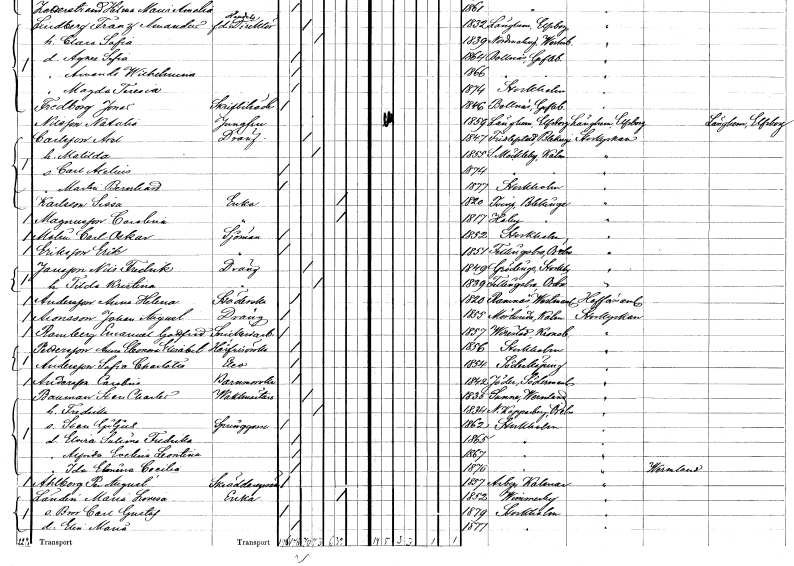
gt_parse: households: individuals: FN: Axel
EN: Carlsson
YRKE: Dräng
KON: M
CIV: G
FODAR: 1847
FODFORS: Fridlevstad Blekinge län
FN: Matilda
KON: K
CIV: G
FODAR: 1855
FODFORS: Södra Möckleby Kalmar län
FN: Carl Axelius
KON: M
CIV: O
FODAR: 1874
FODFORS: Södra Möckleby Kalmar län
FN: Martin Bernhard
KON: M
CIV: O
FODAR: 1877
FODFORS: Stockholm
FN: Sissa
EN: Karlsson
YRKE: Änka
KON: K
CIV: E
FODAR: 1820
FODFORS: Tving Blekinge län
FN: Carolina
EN: Magnusson
YRKE: Änka
KON: K
CIV: E
FODAR: 1817
FODFORS: Hoby Blekinge län
FN: Carl Oskar
EN: Malm
YRKE: Sjöman
KON: M
CIV: O
FODAR: 1852
FODFORS: Stockholm
FN: Erik
EN: Eriksson
YRKE: Sjöman
KON: M
CIV: O
FODAR: 1851
FODFORS: Fellingsbro Örebro län
FN: Nils Fredrik
EN: Jansson
YRKE: Dräng
KON: M
CIV: G
FODAR: 1849
FODFORS: Grödinge Stockholms län
FN: Tilda Kristina
KON: K
CIV: G
FODAR: 1839
FODFORS: Fellingsbro Örebro län
FN: Anna Helena
EN: Andersson
YRKE: Städerska
KON: K
CIV: O
FODAR: 1820
FODFORS: Ramnäs Västmanlands län
FN: Johan August
EN: Aronsson
YRKE: Dräng
KON: M
CIV: O
FODAR: 1855
FODFORS: Mörlunda Kalmar län
FN: Emanuel Gottfrid
EN: Ramberg
YRKE: Snickeriarbetare
KON: M
CIV: O
FODAR: 1857
FODFORS: Virestad Kronobergs län
FN: Anna Eleonora Elisabet
EN: Pettersson
YRKE: Hårfrisörska
KON: K
CIV: O
FODAR: 1856
FODFORS: Stockholm
FN: Sofia Charlotta
EN: Andersson
YRKE: Elev
KON: K
CIV: O
FODAR: 1854
FODFORS: Söderköping Östergötlands län
FN: Carolina
EN: Andersson
YRKE: Barnmorska
KON: K
CIV: O
FODAR: 1842
FODFORS: Jäder Södermanlands län
FN: Sten Charles
EN: Bauman
YRKE: Vaktmästare
KON: M
CIV: G
FODAR: 1835
FODFORS: Sunne Värmlands län
FN: Fredrika
KON: K
CIV: G
FODAR: 1834
FODFORS: Lerbäck Örebro län
FN: Sven Giljus
YRKE: Springgosse
KON: M
CIV: O
FODAR: 1862
FODFORS: Stockholm
FN: Elvira Salina Fredrika
KON: K
CIV: O
FODAR: 1865
FODFORS: Stockholm
FN: Alfrida Evelina Leontina
KON: K
CIV: O
FODAR: 1867
FODFORS: Stockholm
FN: Ida Elemina Cecilia
KON: K
CIV: O
FODAR: 1876
FODFORS: Stockholm
FN: Per August
EN: Ahlberg
YRKE: Skräddaregesäll
KON: M
CIV: O
FODAR: 1857
FODFORS: Arby Kalmar län
FN: Maria Lovisa
EN: Ländin
YRKE: Änka
KON: K
CIV: E
FODAR: 1852
FODFORS: Vimmerby Kalmar län
FN: Bror Carl Gustaf
KON: M
CIV: O
FODAR: 1879
FODFORS: Stockholm
FN: Elin Maria
KON: K
CIV: O
FODAR: 1877
FODFORS: Stockholm